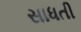
સાધતી